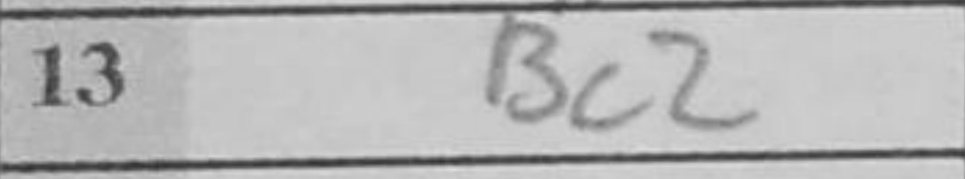
Transcription: Bc2